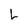
Character: L